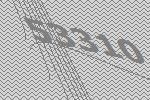
53310